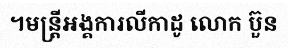
។មន្ត្រីអង្គការលីកាដូ លោក ប៊ួន